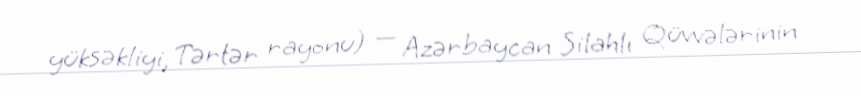
yüksəkliyi, Tərtər rayonu) — Azərbaycan Silahlı Qüvvələrinin